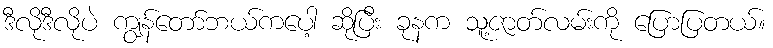
ဒီလိုဒီလိုပဲ ကျွန်တော်ဘယ်ကပေါ့ ဆိုပြီး ခုနက သူ့ဇာတ်လမ်းကို ပြောပြတယ်။